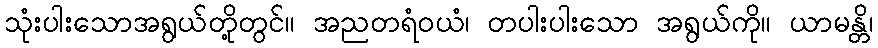
သုံးပါးသောအရွယ်တို့တွင်။ အညတရံဝယံ၊ တပါးပါးသော အရွယ်ကို။ ယာမန္တိ၊